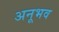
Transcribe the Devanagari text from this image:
अनूभव